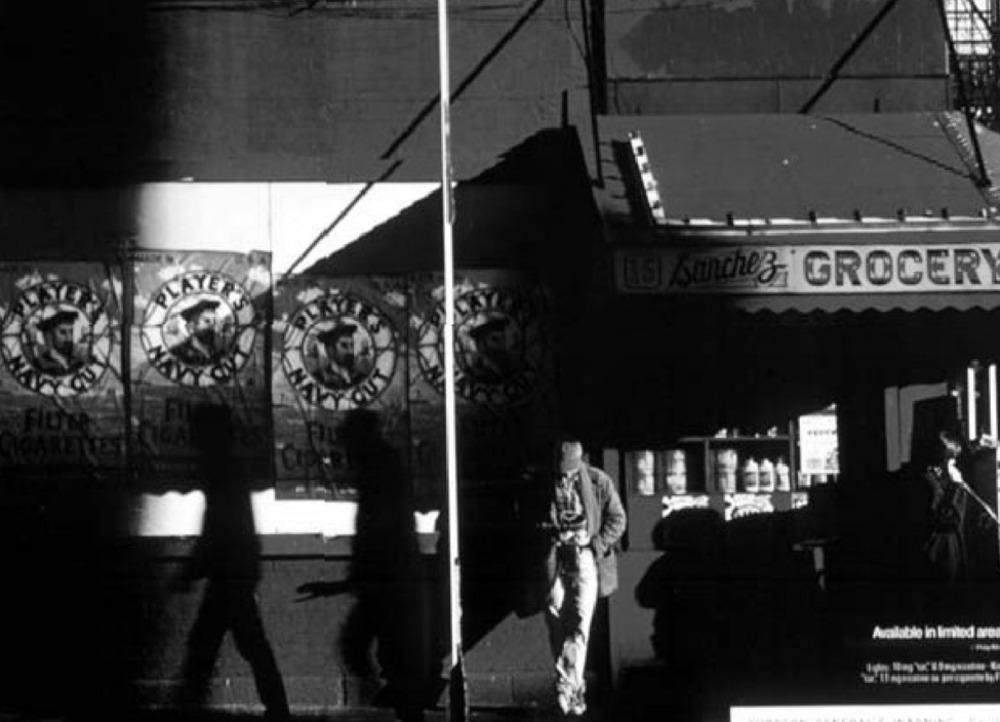
15 sanchez- GROCER
Available in limited are